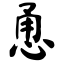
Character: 恿